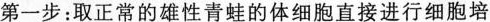
第一步：取正常的雄性青蛙的体细胞直接进行细胞培